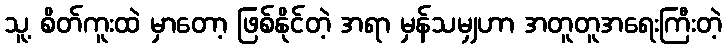
သူ့ စိတ်ကူးထဲ မှာတော့ ဖြစ်နိုင်တဲ့ အရာ မှန်သမျှဟာ အတူတူအရေးကြီးတဲ့